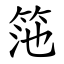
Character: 筂